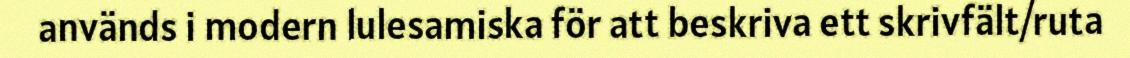
används i modern lulesamiska för att beskriva ett skrivfält/ruta